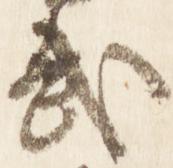
武